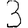
Digit: 3